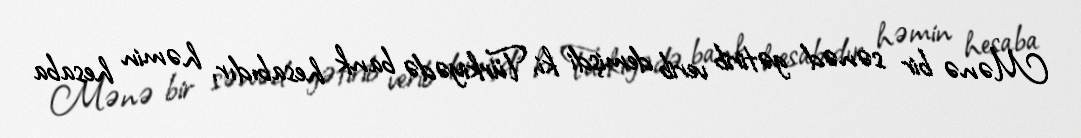
Mənə bir sənəd gətirib verib demişdi ki, Türkiyədə bank hesabıdır, həmin hesaba